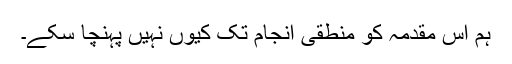
ہم اس مقدمہ کو منطقی انجام تک کیوں نہیں پہنچا سکے۔